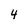
Character: 4